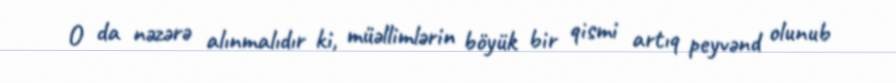
O da nəzərə alınmalıdır ki, müəllimlərin böyük bir qismi artıq peyvənd olunub